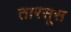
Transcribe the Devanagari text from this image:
तारसूस